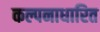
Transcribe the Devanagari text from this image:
कल्पनाधारित